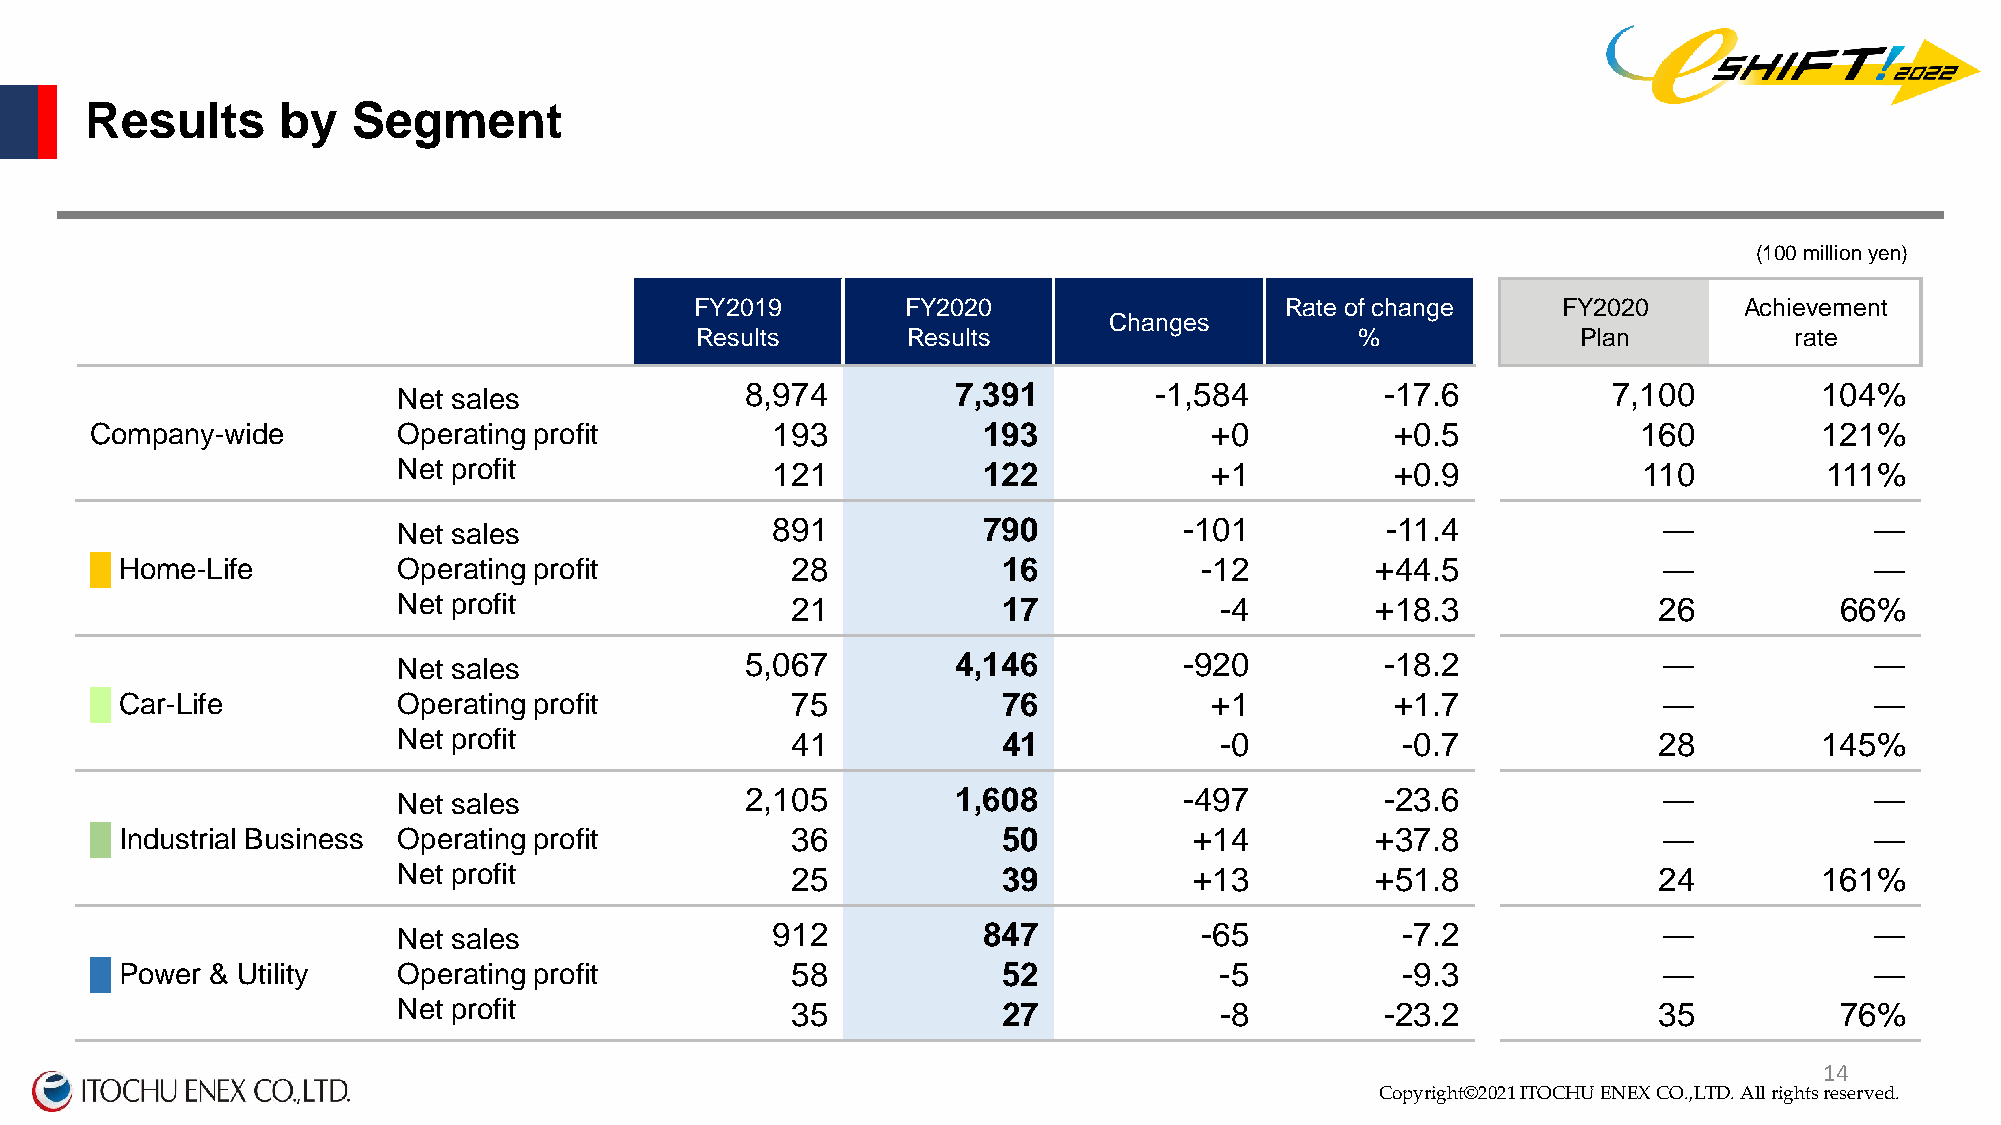
Results     by   Segment
 (100 million yen)
 FY2019        FY2020                   Rate of change    FY2020      Achievement
 Changes
 Results       Results                       %              Plan          rate
 8,974         7,391        -1,584          -17.6          7,100         104%
 Net sales
 Company-wide        Operating profit         193           193            +0          +0.5             160         121%
 Net profit               121           122            +1          +0.9             110         111%
 891           790          -101          -11.4             ―             ―
 Net sales
 █ Home-Life         Operating profit          28            16           -12         +44.5              ―             ―
 Net profit                21            17             -4        +18.3              26          66%
 5,067         4,146          -920          -18.2             ―             ―
 Net sales
 █ Car-Life          Operating profit          75            76            +1          +1.7              ―             ―
 Net profit                41            41             -0          -0.7             28         145%
 2,105         1,608          -497          -23.6             ―             ―
 Net sales
 █ Industrial Business Operating profit        36            50           +14         +37.8              ―             ―
 Net profit                25            39           +13         +51.8              24         161%
 912           847           -65           -7.2             ―             ―
 Net sales
 █ Power & Utility   Operating profit          58            52             -5          -9.3             ―             ―
 Net profit                35            27             -8         -23.2             35          76%
 Copyright©2020 ITOCHU ENEX CO.,LTD. All right1s 4reserved.
 Copyright©2021 ITOCHU ENEX CO.,LTD. All rights reserved.